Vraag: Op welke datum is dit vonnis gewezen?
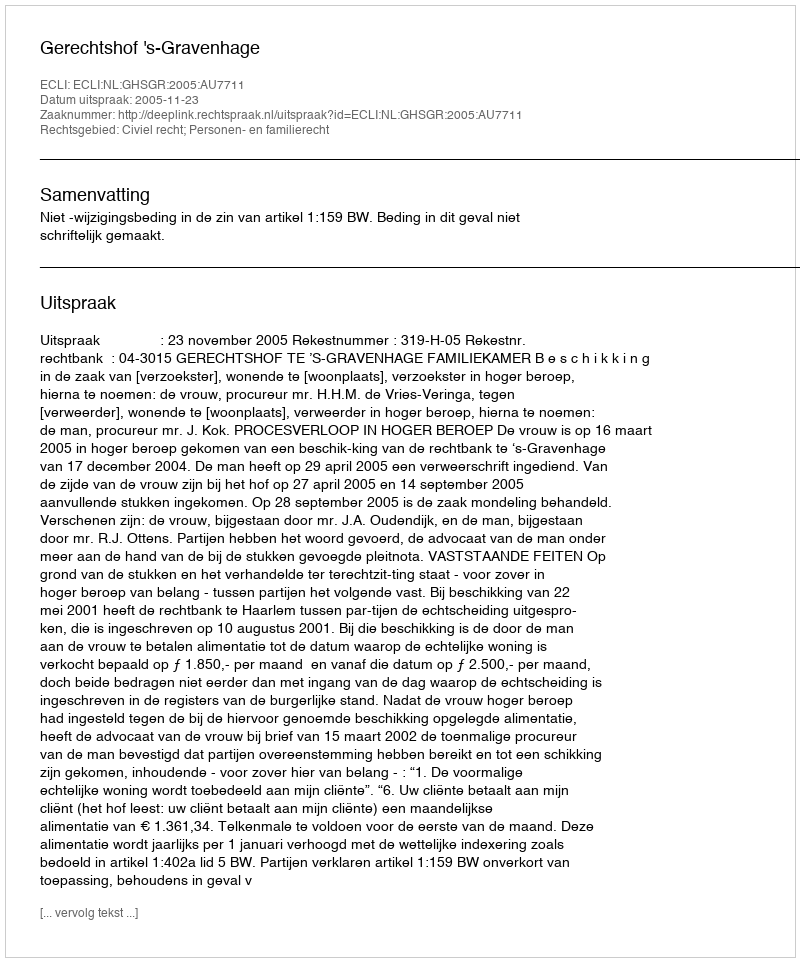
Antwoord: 2005-11-23